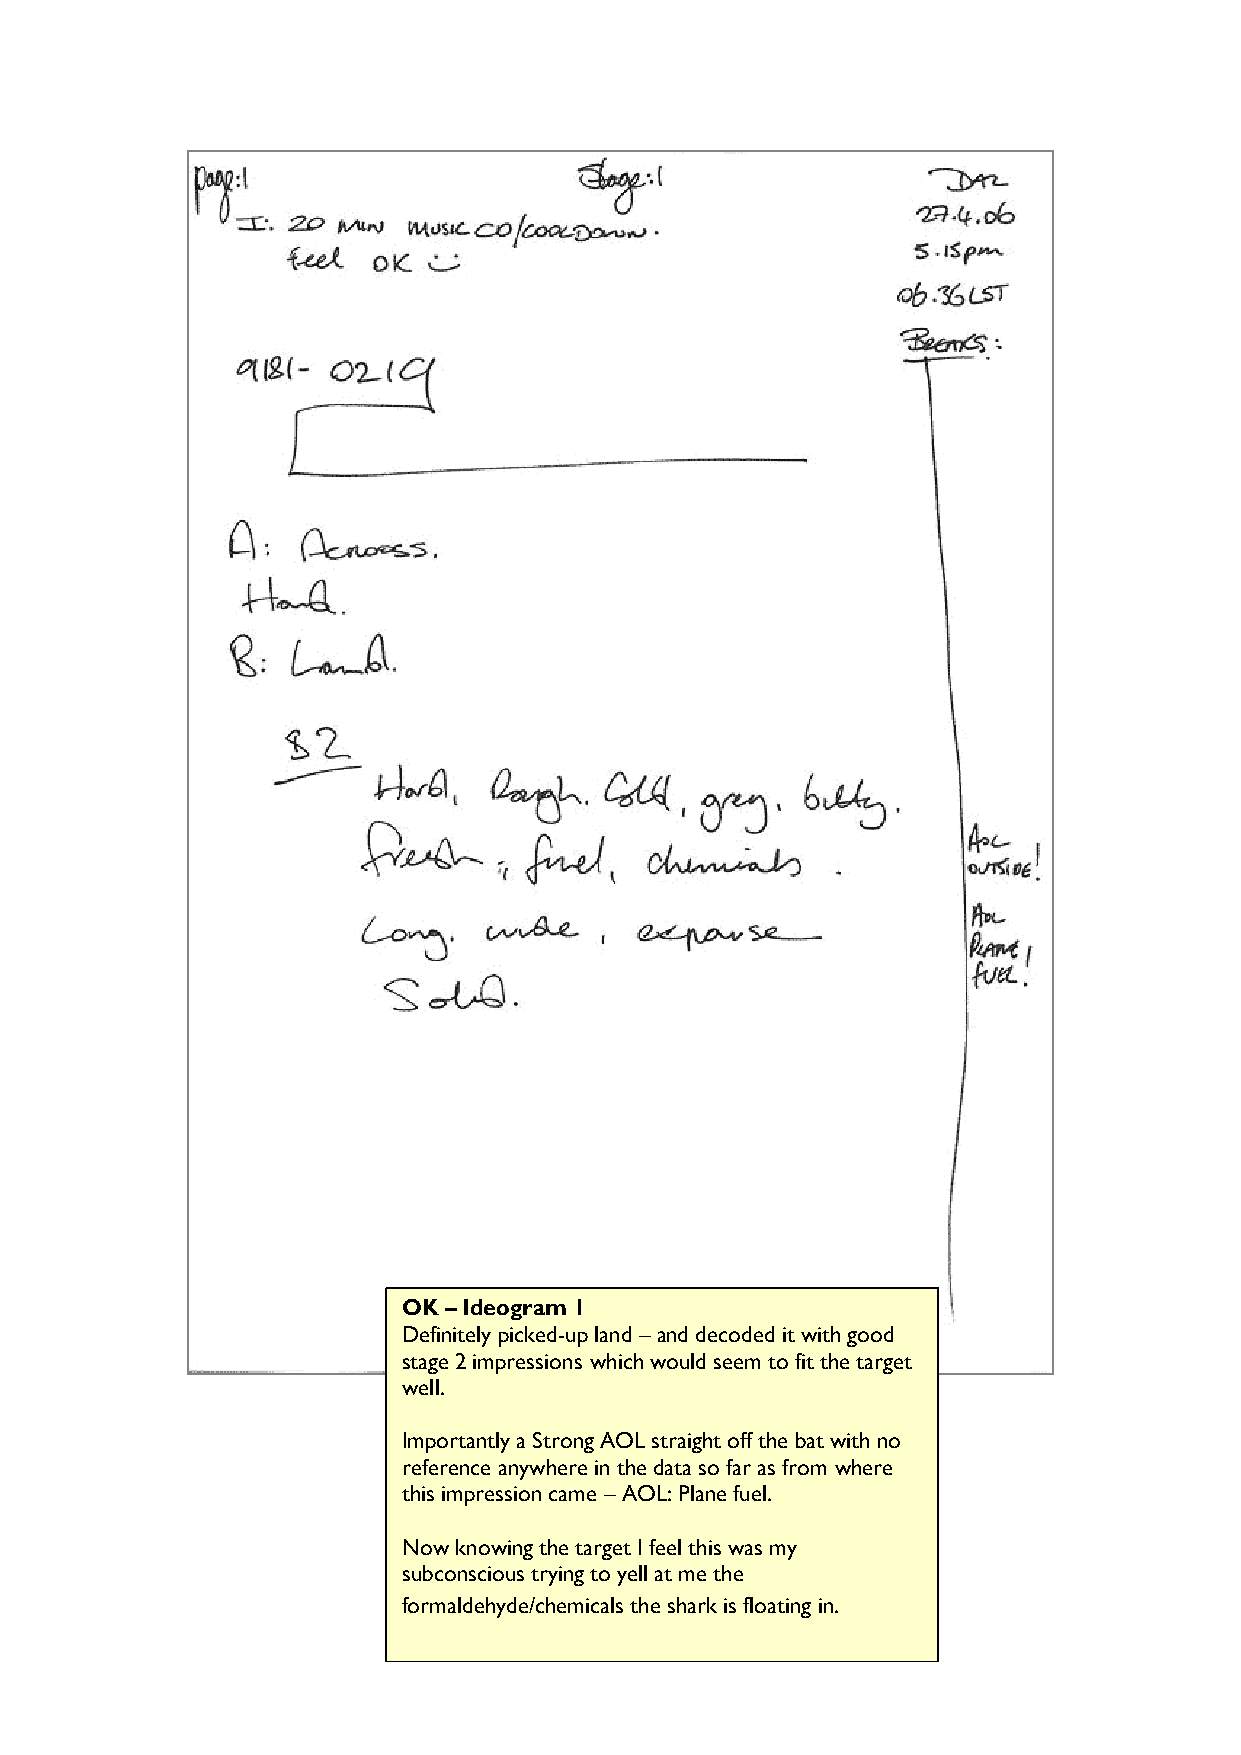
OK – Ideogram 1
 Definitely picked-up land – and decoded it with good
 stage 2 impressions which would seem to fit the target
 well.
 Importantly a Strong AOL straight off the bat with no
 reference anywhere in the data so far as from where
 this impression came – AOL: Plane fuel.
 Now knowing the target I feel this was my
 subconscious trying to yell at me the
 formaldehyde/chemicals the shark is floating in.